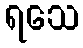
ရသေ